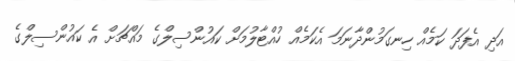
އަދި އެފަދަ ކަމެއް ހިނގަމުންދާނަމަ އެކަމެއް ހުއްޓާލުމަށް ކައުންސިލްގެ މައްޗަށް އެ ކައުންސިލްގެ